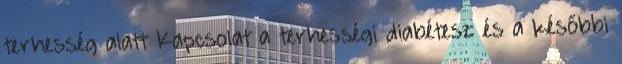
terhesség alatt Kapcsolat a terhességi diabétesz és a későbbi